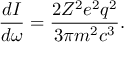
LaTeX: { \frac { d I } { d \omega } } = { \frac { 2 Z ^ { 2 } e ^ { 2 } q ^ { 2 } } { 3 \pi m ^ { 2 } c ^ { 3 } } } .